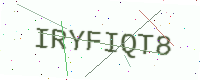
Text: IRYFIQT8